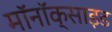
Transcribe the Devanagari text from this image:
मॉनॉक्साइड